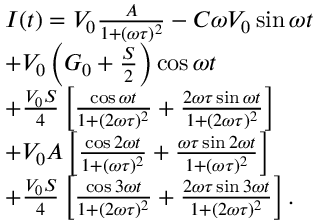
\begin{array} { r l } & { I ( t ) = V _ { 0 } \frac { A } { 1 + ( \omega \tau ) ^ { 2 } } - C \omega V _ { 0 } \sin { \omega t } } \\ & { + V _ { 0 } \left( G _ { 0 } + \frac { S } { 2 } \right) \cos { \omega t } } \\ & { + \frac { V _ { 0 } S } { 4 } \left[ \frac { \cos { \omega t } } { 1 + ( 2 \omega \tau ) ^ { 2 } } + \frac { 2 \omega \tau \sin { \omega t } } { 1 + ( 2 \omega \tau ) ^ { 2 } } \right] } \\ & { + V _ { 0 } A \left[ \frac { \cos { 2 \omega t } } { 1 + ( \omega \tau ) ^ { 2 } } + \frac { \omega \tau \sin { 2 \omega t } } { 1 + ( \omega \tau ) ^ { 2 } } \right] } \\ & { + \frac { V _ { 0 } S } { 4 } \left[ \frac { \cos { 3 \omega t } } { 1 + ( 2 \omega \tau ) ^ { 2 } } + \frac { 2 \omega \tau \sin { 3 \omega t } } { 1 + ( 2 \omega \tau ) ^ { 2 } } \right] . } \end{array}